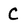
Character: C